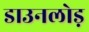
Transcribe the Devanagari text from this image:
डाउनलोड़